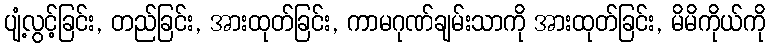
ပျံ့လွင့်ခြင်း, တည်ခြင်း, အားထုတ်ခြင်း, ကာမဂုဏ်ချမ်းသာကို အားထုတ်ခြင်း, မိမိကိုယ်ကို